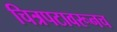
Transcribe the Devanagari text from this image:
चित्रपटावरूनच